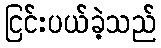
ငြင်းပယ်ခဲ့သည်